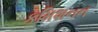
કમિશનન